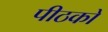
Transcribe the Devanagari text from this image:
पीठको